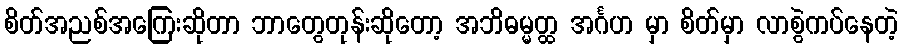
စိတ်အညစ်အကြေးဆိုတာ ဘာတွေတုန်းဆိုတော့ အဘိဓမ္မတ္ထ အင်္ဂဟ မှာ စိတ်မှာ လာစွဲကပ်နေတဲ့